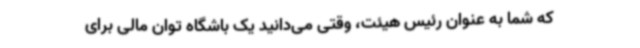
که شما به عنوان رئیس هیئت، وقتی می‌دانید یک باشگاه توان مالی برای